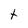
Character: t